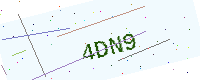
Text: 4DN9